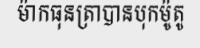
ម៉ាកធុនត្រាបានបុកម៉ូតូ